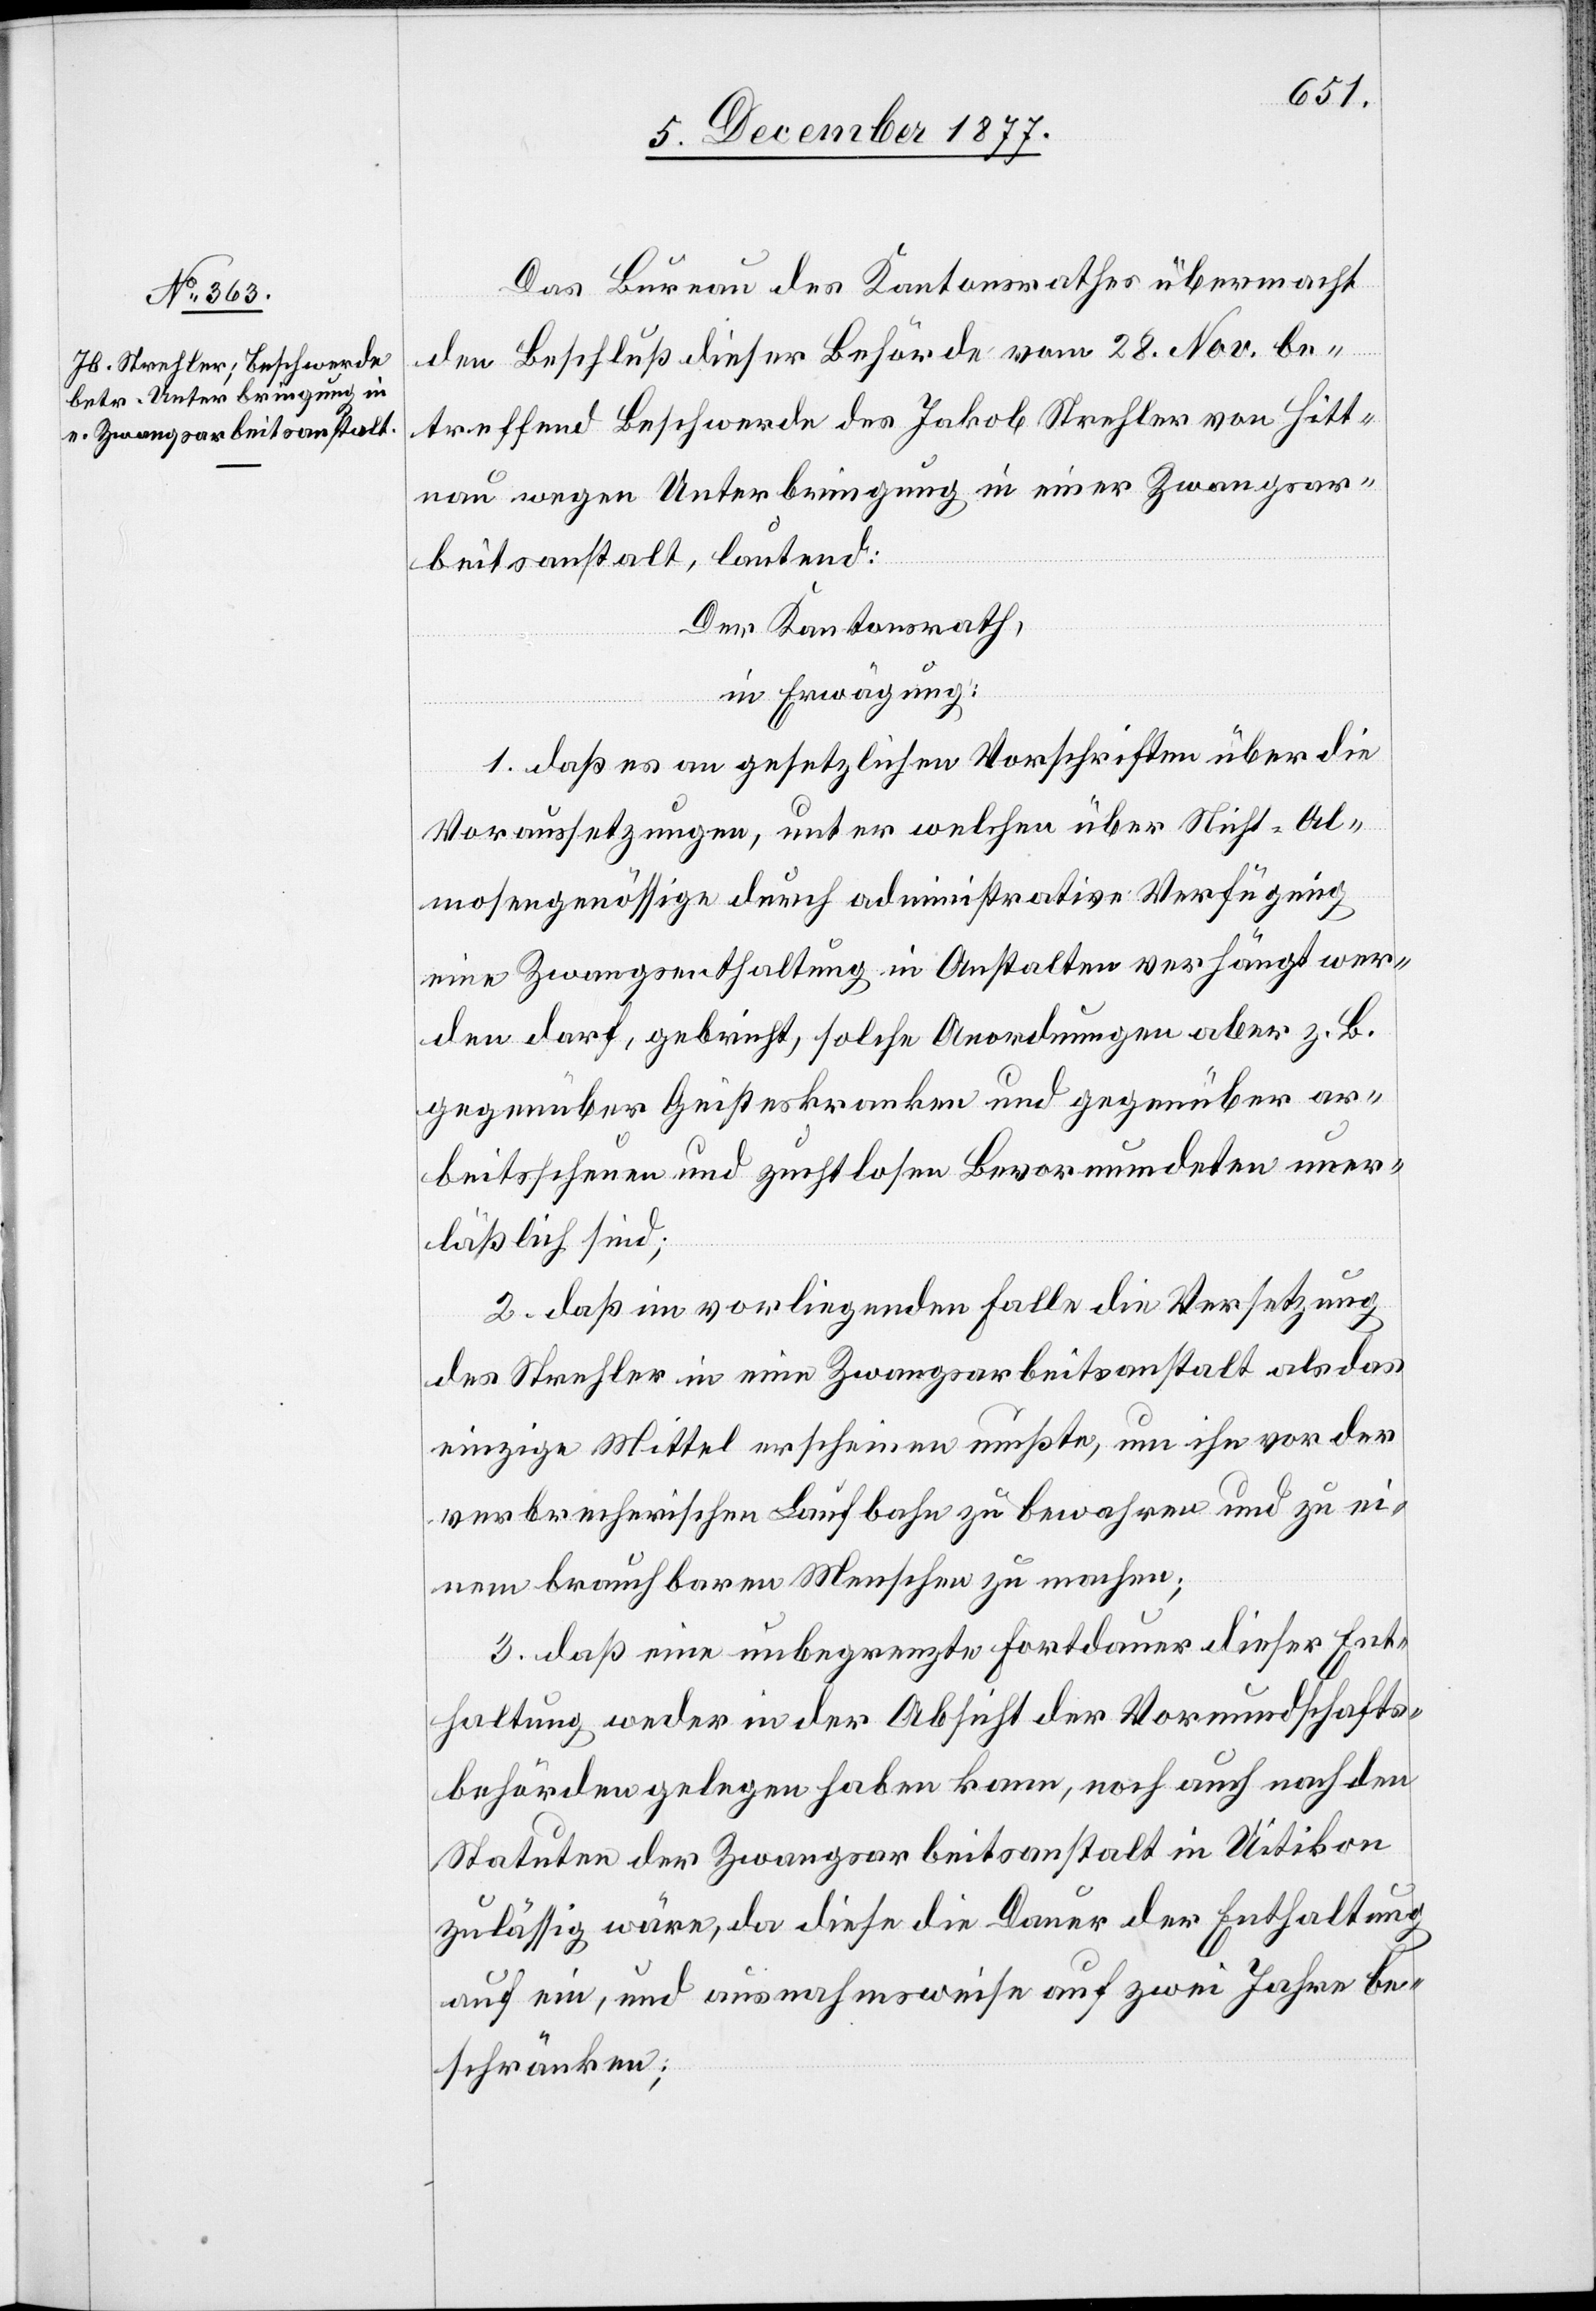
Das Bureau des Kantonsrathes übermacht
den Beschluß dieser Behörde vom 28. Nov. be¬
treffend Beschwerde des Jakob Strehler von Hitt¬
nau wegen Unterbringung in einer Zwangsar¬
beitsanstalt, lautend:
Der Kantonsrath,
in Erwägung:
1. daß es an gesetzlichen Vorschriften über die
Voraussetzungen, unter welchen über Nicht-Al¬
mosengenössige durch administrative Verfügung
eine Zwangsenthaltung in Anstalten verhängt wer¬
den darf, gebricht, solche Anordnungen aber z. B.
gegenüber Geisteskranken und gegenüber ar¬
beitsscheuen und zuchtlosen Bevormundeten uner¬
läßlich sind;
2. daß im vorliegenden Falle die Versetzung
des Strehler in eine Zwangsarbeitsanstalt als das
einzige Mittel erscheinen mußte, um ihn vor der
verbrecherischen Laufbahn zu bewahren und zu ei¬
nem brauchbaren Menschen zu machen;
3. daß eine unbegrenzte Fortdauer dieser Ent¬
haltung weder in der Absicht der Vormundschafts¬
behörden gelegen haben kann, noch auch nach den
Statuten der Zwangsarbeitsanstalt in Uitikon
zulässig wäre, da diese die Dauer der Enthaltung
auf ein, und ausnahmsweise auf zwei Jahre be¬
schränken;